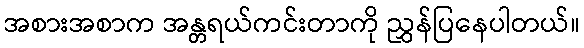
အစားအစာက အန္တရယ်ကင်းတာကို ညွှန်ပြနေပါတယ်။